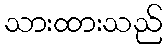
သားထားသည်